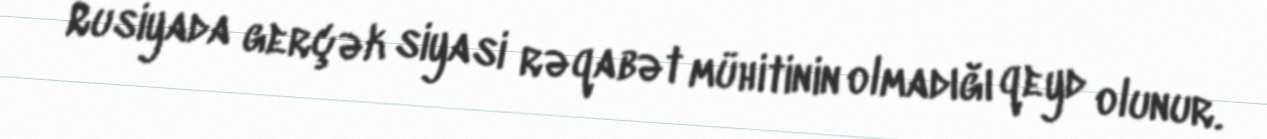
Rusiyada gerçək siyasi rəqabət mühitinin olmadığı qeyd olunur.